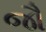
જૌ